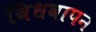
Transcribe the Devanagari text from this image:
विधवापन